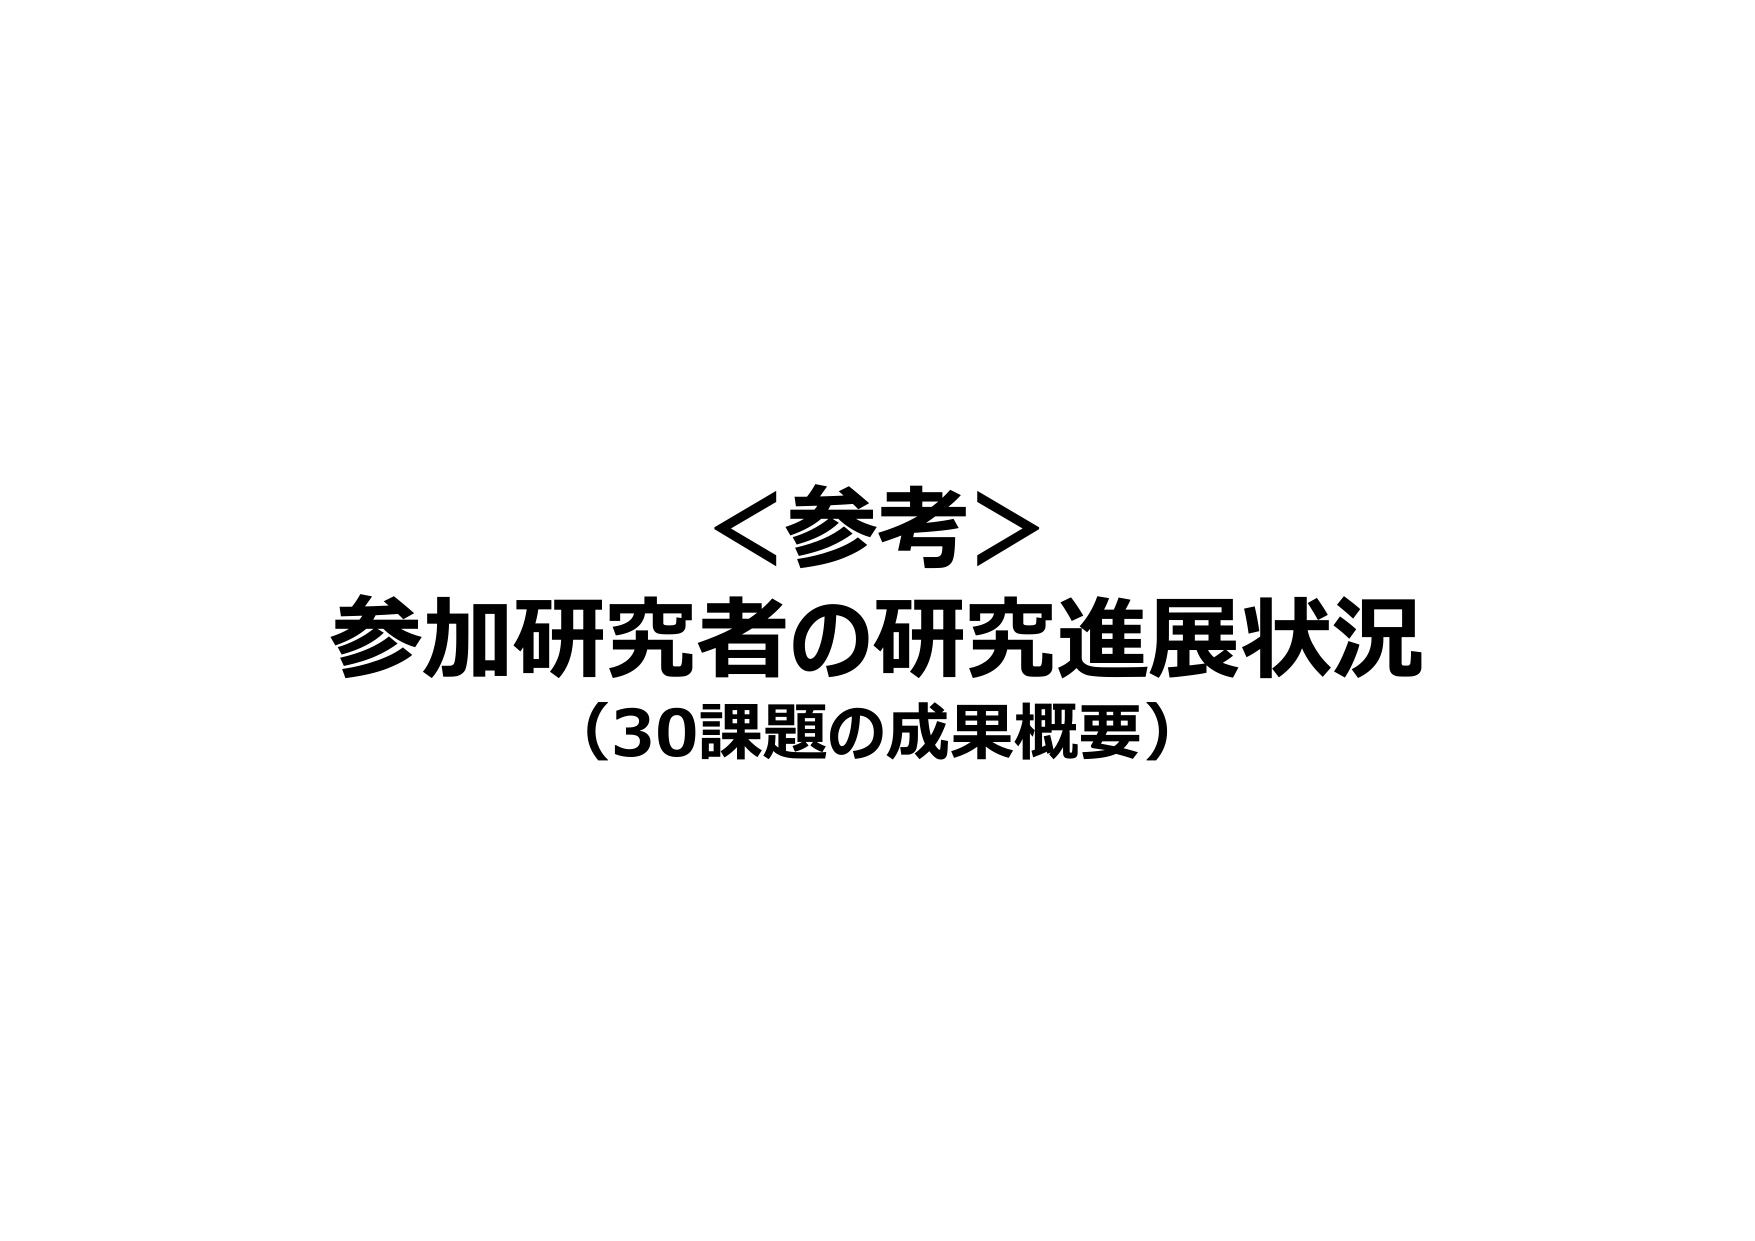
＜参考＞
参加研究者の研究進展状況
（30課題の成果概要）